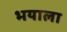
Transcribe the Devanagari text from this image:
भयाला